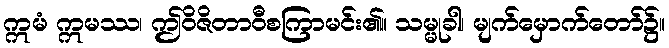
ဣမံ ဣမဿ၊ ဤဝိဇိတာဝီစကြာမင်း၏။ သမ္မုခါ၊ မျက်မှောက်တော်၌။